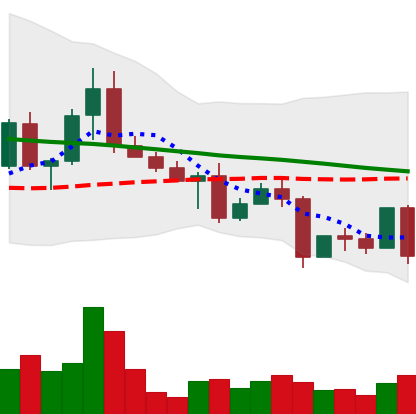
Ticker: EOS-USD
Chart end date: 2022-05-05
Forward return: -14.891%
Label: down_7plus